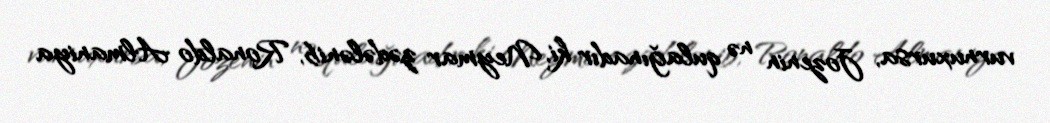
vurnuxursa, Jozenin nə qulağınadır ki, Neymar zədələnib, Ronaldo Almaniya